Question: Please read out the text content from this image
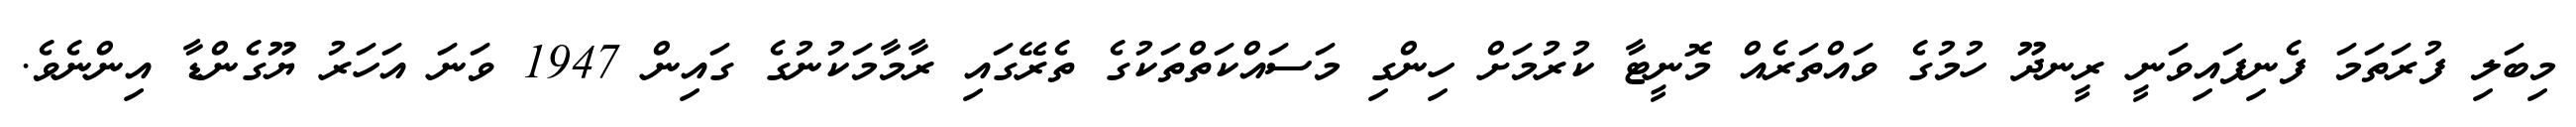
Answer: މިބަލި ފުރަތަމަ ފެނިފައިވަނީ ރީނދޫ ހުމުގެ ވައްތަރެއް މޮނީޓާ ކުރުމަށް ހިންގި މަސައްކަތްތަކުގެ ތެރޭގައި ރާމާމަކުނުގެ ގައިން 1947 ވަނަ އަހަރު ޔޫގެންޑާ އިންނެވެ.